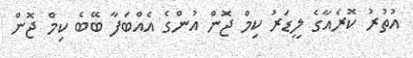
އުތުރު ކޮރެއާގެ ލީޑަރު ކިމް ޖޮން އުންގެ އެއްބަފާ ބޭބެ ކިމް ޖޮން